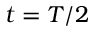
t = T / 2